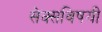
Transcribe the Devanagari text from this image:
सेक्सविषयी